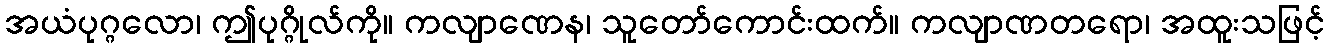
အယံပုဂ္ဂလော၊ ဤပုဂ္ဂိုလ်ကို။ ကလျာဏေန၊ သူတော်ကောင်းထက်။ ကလျာဏတရော၊ အထူးသဖြင့်